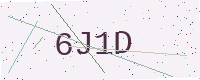
Text: 6J1D